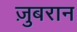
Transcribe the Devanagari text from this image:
ज़ुबरान